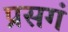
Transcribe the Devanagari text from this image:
प्रसगं